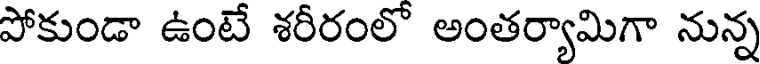
పోకుండా ఉంటే శరీరంలో అంతర్యామిగా నున్న